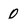
Character: 0